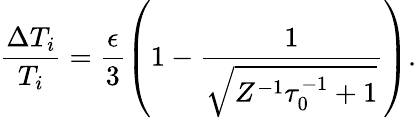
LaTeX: \frac{\Delta T_{i}}{T_{i}}=\frac{\epsilon}{3}\left(1-\frac{1}{\sqrt{Z^{-1}\tau_{0}^{-1}+1}}\right).